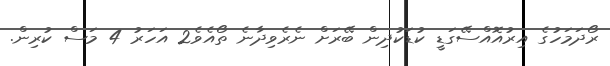
ރޯދަމަހުގެ އިރުއޮއްސޭގަޑީ ކުޑަކުދިން ބޭރަށް ނެރެވިދާނެ ތޯއެވެ2 އަހަރު 4 މަސް ކުރިން.